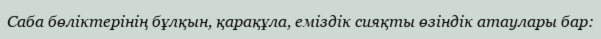
Саба бөліктерінің бұлқын, қарақұла, еміздік сияқты өзіндік атаулары бар: